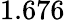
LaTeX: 1.676